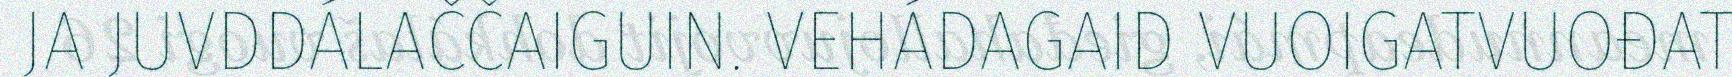
JA JUVDDÁLAČČAIGUIN. VEHÁDAGAID VUOIGATVUOĐAT